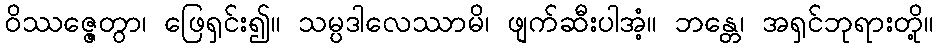
ဝိဿဇ္ဇေတွာ၊ ဖြေရှင်း၍။ သမ္ပဒါလေဿာမိ၊ ဖျက်ဆီးပါအံ့။ ဘန္တေ၊ အရှင်ဘုရားတို့။